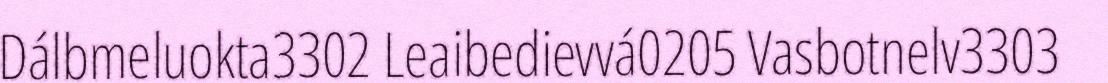
Dálbmeluokta3302 Leaibedievvá0205 Vasbotnelv3303